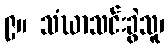
၉။ သံဃာသင်းခွဲသူ၊